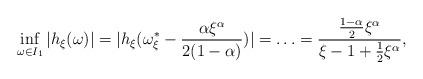
LaTeX: \begin{align*}\inf_{\omega \in I_1} | h_{\xi}(\omega)| = | h_{\xi}(\omega_{\xi}^{\ast} - \frac{\alpha \xi^{\alpha}}{2(1 - \alpha)}) | = \ldots = \frac{\frac{1-\alpha}{2}\xi^{\alpha}}{\xi - 1 + \frac{1}{2}\xi^{\alpha}},\end{align*}